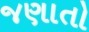
જણાતો